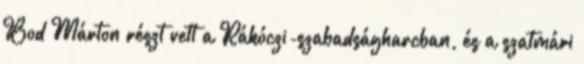
Bod Márton részt vett a Rákóczi-szabadságharcban, és a szatmári